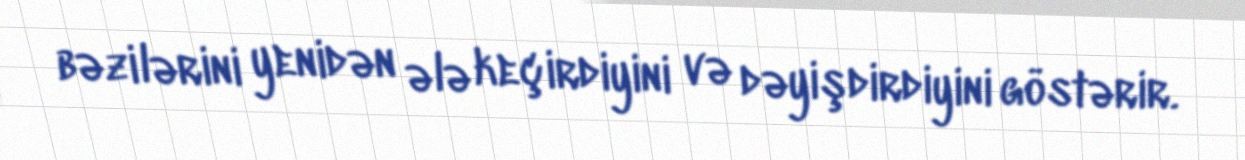
bəzilərini yenidən ələ keçirdiyini və dəyişdirdiyini göstərir.